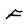
Character: F